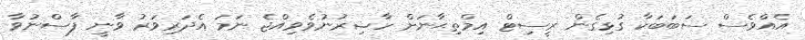
އެއްވެސް ސަބަބަކާ ގުޅިގެން ރީސިޓް އިމްތިޙާނަށް ހާޟިރުނުވެވިއްޖެ ނަމަ އެދަރިވަރު ވާނީ ފާސްނުވާ